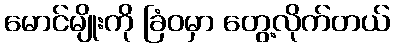
မောင်မျိုးကို ခြံဝမှာ တွေ့လိုက်တယ်